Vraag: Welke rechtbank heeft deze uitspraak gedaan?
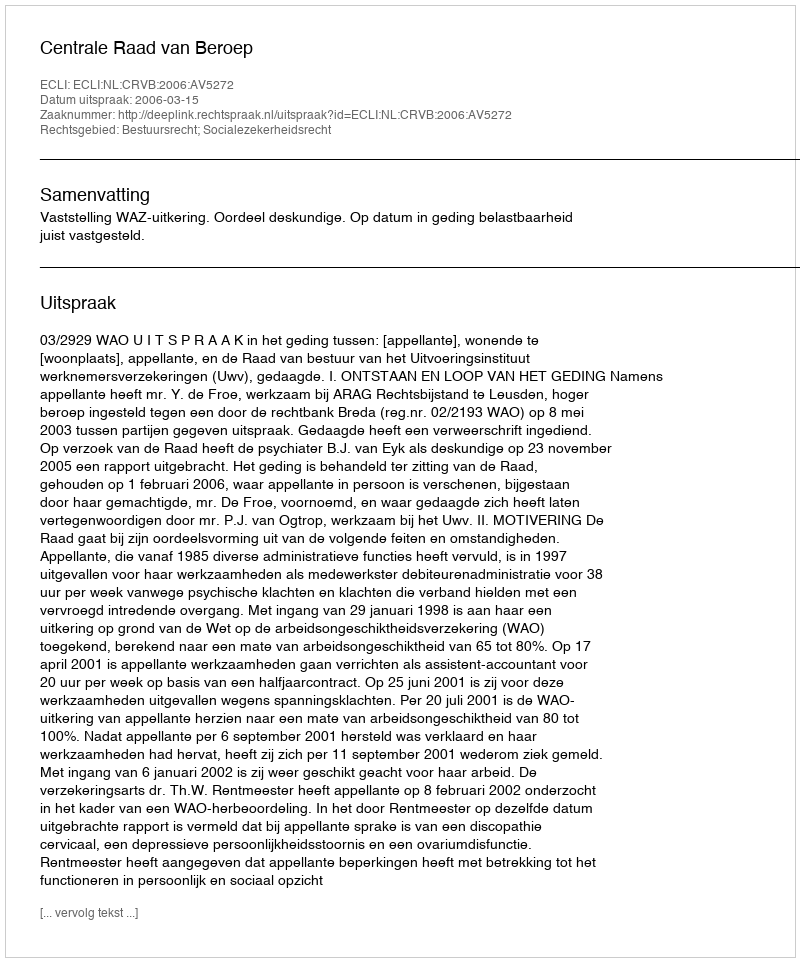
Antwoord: Centrale Raad van Beroep